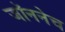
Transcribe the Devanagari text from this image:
जॉननेच